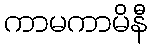
ကာမကာမိနီ